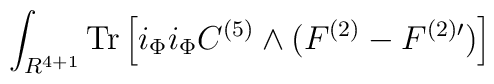
\int_{R^{4+1}}{\rm Tr}\left[i_\Phi i_\Phi C^{(5)}\wedge (F^{(2)}-F^{(2)\prime})\right]